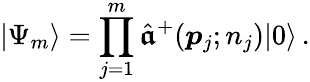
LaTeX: |\Psi_{m}\rangle=\prod_{j=1}^{m}\hat{\boldsymbol{\mathfrak a}}^{+}(\boldsymbol{p}_{j};n_{j})|0\rangle\, .